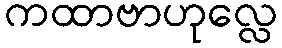
ကထာဗာဟုလ္လေ